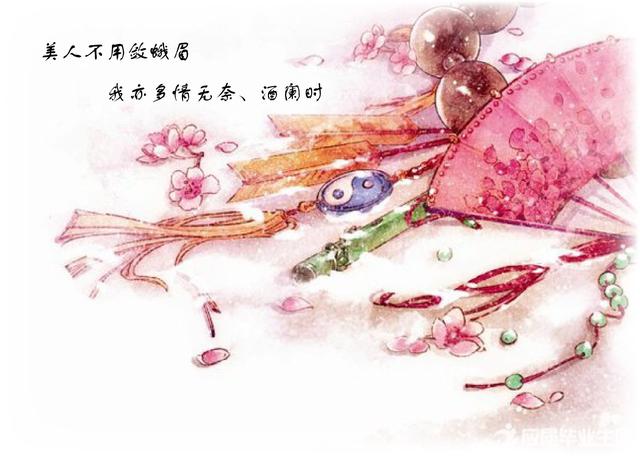
殷勤花下同携手。更尽杯中酒。美人不用敛蛾眉。